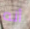
أنه